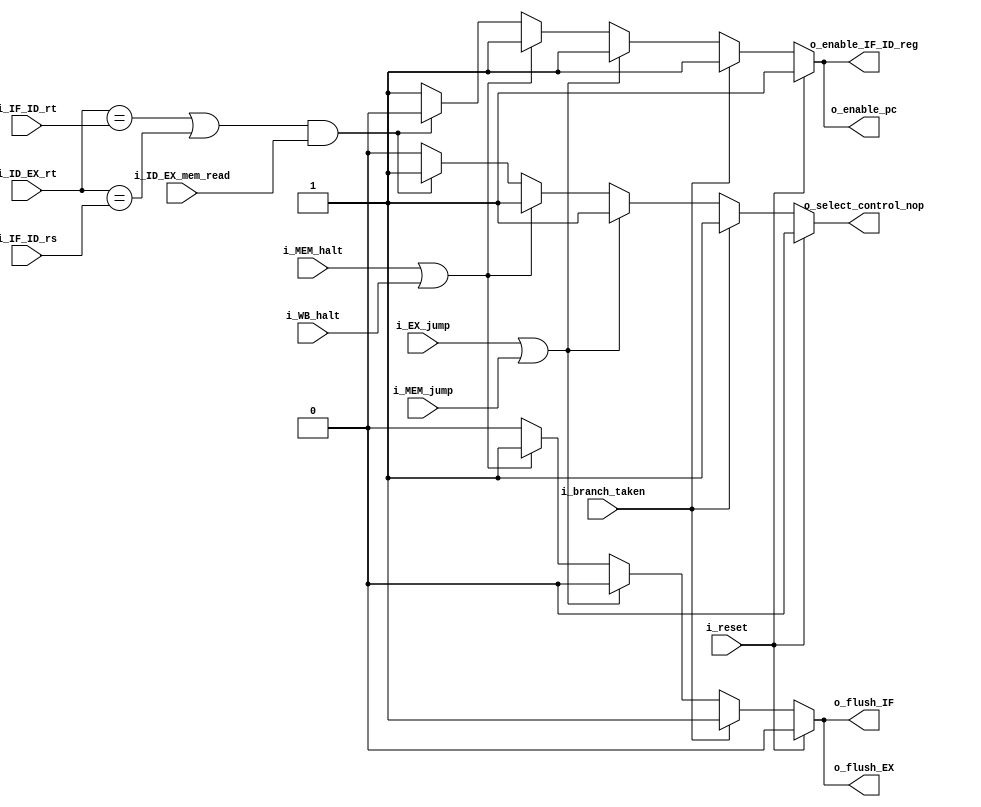
`timescale 1ns / 1ps

module stall_unit #(
        parameter NB_DATA    = 32,
        parameter NB_REG     = 5
    )    
    (   
        input                 i_reset,
        input                 i_MEM_halt,           // Para evitar escrituras tras halt
        input                 i_WB_halt,            // Para evitar escrituras tras halt
        input                 i_branch_taken,
        input                 i_ID_EX_mem_read,     // Only load writes memory
        input                 i_EX_jump,
        input                 i_MEM_jump,
        input  [NB_REG-1 : 0] i_ID_EX_rt,           // Load writing rt
        input  [NB_REG-1 : 0] i_IF_ID_rt,           // Next inst 
        input  [NB_REG-1 : 0] i_IF_ID_rs,           // Next inst
        output reg            o_select_control_nop, // 0 -> control_signals ID  1 -> flush signals
        output reg            o_enable_IF_ID_reg,   // 0 -> disable             1 -> enable
        output reg            o_enable_pc,          // 0 -> disable             1 -> enable
        output reg            o_flush_IF,           // 0 -> o_instruction       1 -> flush instruction en IF
        output reg            o_flush_EX            // 0 -> control signals EX  1 -> flush signals
    ); 

    always@(*) begin
        if(i_reset)begin
            o_enable_IF_ID_reg = 1'b1;
            o_enable_pc = 1'b1;

            o_select_control_nop = 1'b0;
            o_flush_IF = 1'b0;           // No hay flush en IF
            o_flush_EX = 1'b0;           // No hay flush en IE
        end
        else if(i_branch_taken) begin  // control hazards con branches
            // Flush signal flags
            o_flush_IF = 1'b1;
            o_flush_EX = 1'b1;
            o_select_control_nop = 1'b1; // ID

            // No hay stall
            o_enable_IF_ID_reg = 1'b1;
            o_enable_pc = 1'b1;
        end
        else if(i_EX_jump || i_MEM_jump) begin // control hazards con jumps
            // Se flushean las seales de ID cuando se detecta el jump en
            // EX y en MEM, es decir, se borran las 2 instrucciones invalidas
            // que entran despues de los jumps
            o_flush_IF              = 1'b0;
            o_flush_EX              = 1'b0;
            o_select_control_nop    = 1'b1;

            // No hay stall
            o_enable_IF_ID_reg      = 1'b1;
            o_enable_pc             = 1'b1;
        end
        else if(i_MEM_halt || i_WB_halt) begin // halt
            // Para evitar que se instrucciones tras un halt escriban las memorias, se flushean
            // Flush signal flags
            o_flush_IF = 1'b1;
            o_flush_EX = 1'b1;
            o_select_control_nop = 1'b1; // ID

            // No hay stall
            o_enable_IF_ID_reg = 1'b1;
            o_enable_pc = 1'b1;
        end

        else begin                  // data hazards (LOAD)
            
            if(((i_ID_EX_rt == i_IF_ID_rt) || (i_ID_EX_rt == i_IF_ID_rs)) && i_ID_EX_mem_read) begin
                o_flush_IF = 1'b0;           // No hay flush en IF
                o_flush_EX = 1'b0;           // No hay flush en IE
                o_select_control_nop = 1'b1; // Flush signals in ID
                
                o_enable_IF_ID_reg = 1'b0;   // disbale IF/ID pipeline register
                o_enable_pc = 1'b0;          // disable pc

            end
            else  begin
                o_flush_IF = 1'b0;           // No hay flush en IF
                o_flush_EX = 1'b0;           // No hay flush en IE
                o_select_control_nop = 1'b0;

                o_enable_IF_ID_reg = 1'b1;
                o_enable_pc = 1'b1;
            end
        end
    end
endmodule